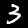
Digit: 3